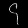
Digit: ၄